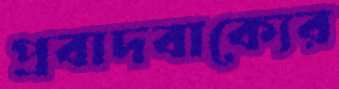
প্রবাদবাক্যের